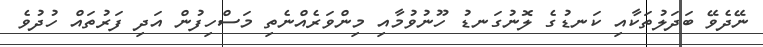
ނޭދެވޭ ބަދަލުތަކާއި ކަނޑުގެ ލޮނުގަނޑު ހޫނުވުމާއި މިންވަރެއްނެތި މަސްހިފުން އަދި ފަރުތައް ހުދުވެ